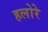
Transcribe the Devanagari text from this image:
हलोरे